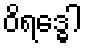
ဝိရဒ္ဓေါ